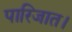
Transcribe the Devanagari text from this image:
पारिजात।